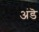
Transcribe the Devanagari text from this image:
अंडॆ